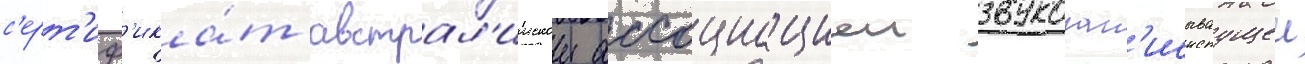
с'ерт'иф'ика́т австрал'иискои ассоциациеи звукозап'исываущеи